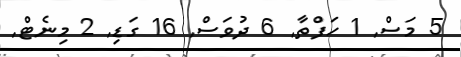
5 މަސް